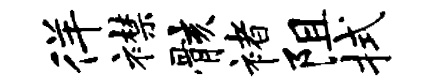
徉襟骸褚阻拭